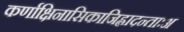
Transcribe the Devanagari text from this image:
कर्णाक्षिनासिकाजिह्लादन्ताःअ